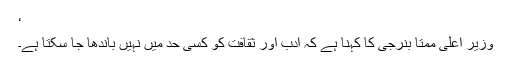
‘
وزیر اعلیٰ ممتا بنرجی کا کہنا ہے کہ ادب اور ثقافت کو کسی حد میں نہیں باندھا جا سکتا ہے۔